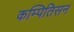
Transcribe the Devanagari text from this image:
कम्पितिसन